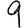
Digit: 9